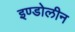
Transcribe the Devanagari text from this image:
इण्डोलीन